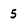
Character: 5